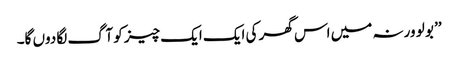
’’ بو لو ورنہ میں اس گھر کی ایک ایک چیز کو آگ لگا دوں گا۔